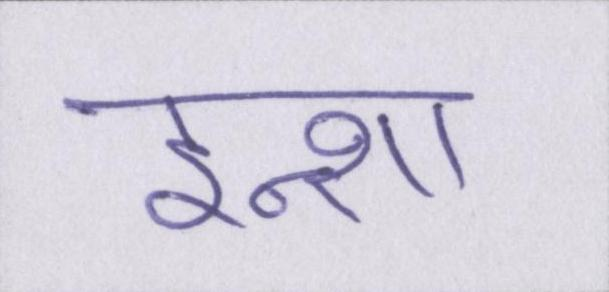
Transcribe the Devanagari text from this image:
इन्शा